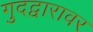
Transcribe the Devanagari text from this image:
गुदद्वारावर